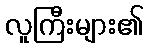
လူကြီးများ၏